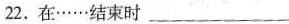
22.在……结束时___